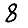
Digit: 8